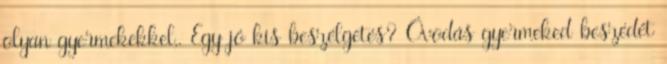
olyan gyermekekkel,. Egy jó kis beszélgetés? Óvodás gyermeked beszédét